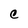
Character: C